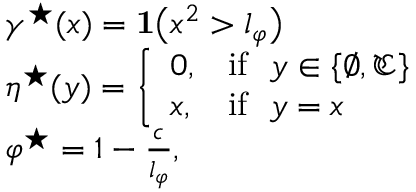
\begin{array} { r l } & { \gamma ^ { \star } ( x ) = \mathbf { 1 } \big ( x ^ { 2 } > l _ { \varphi } \big ) } \\ & { \eta ^ { \star } ( y ) = \left\{ \begin{array} { l l } { 0 , } & { \mathrm { i f } \ \ y \in \{ \varnothing , \mathfrak { C } \} } \\ { x , } & { \mathrm { i f } \ \ y = x } \end{array} \right. } \\ & { \varphi ^ { \star } = 1 - \frac { c } { l _ { \varphi } } , } \end{array}